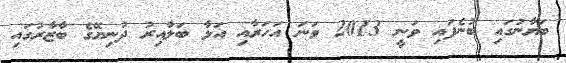
ބަޔާނުގައި ބުނެފައި ވަނީ 2013 ވަނަ އަހަރާއި އަޅާ ބަލާއިރު ދުނިޔޭގެ ބާޒާރުގައި